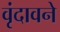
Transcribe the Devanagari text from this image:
वृंदावने